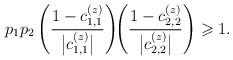
LaTeX: \begin{align*}p_1p_2 \left(\frac{1-c_{1,1}^{(z)}}{\bigl|c_{1,1}^{(z)}\bigr|}\right) \!\! \left(\frac{1-c_{2,2}^{(z)}}{\bigl|c_{2,2}^{(z)}\bigr|}\right)\geqslant 1.\end{align*}